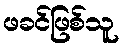
ဖခင်ဖြစ်သူ